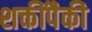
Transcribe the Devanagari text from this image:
शक्तींपैकी